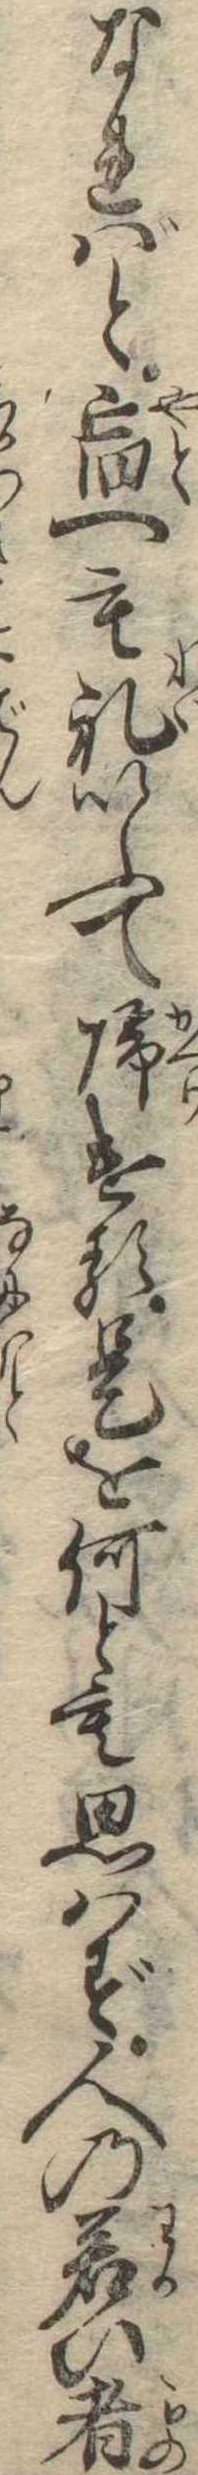
なればと宿へも礼いふて帰ける是を何とも思はず人の若ひ者